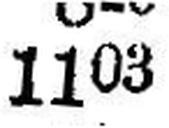
1103